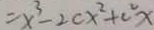
= x ^ { 3 } - 2 c x ^ { 2 } + c ^ { 2 } x